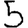
Digit: 5